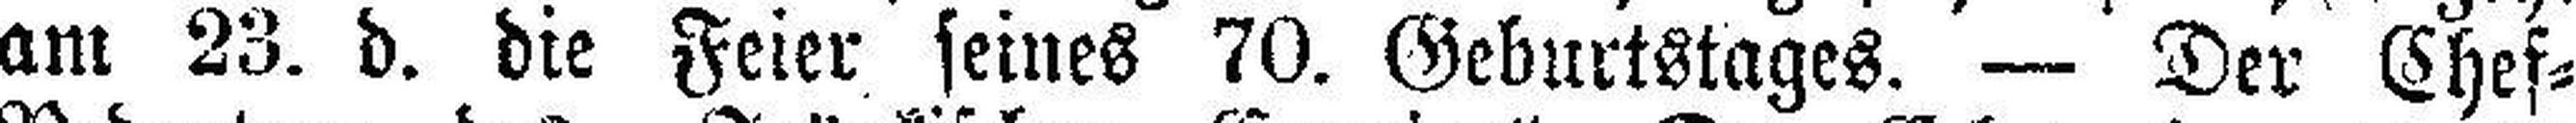
am 23. d. die Feier seines 70. Geburtstages. — Der Chef=